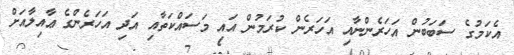
އެކަމުގެ ސަބަބުން އަހަރެންނާއި އަހަރެން ކުރަމުން އައި މަސައްކަތާއި އަދި އަހަރެންގެ ޢާއިލާއަށް